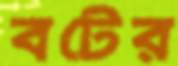
বটের